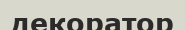
декоратор